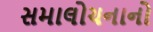
સમાલોચનાનો